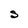
Character: S